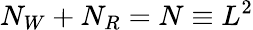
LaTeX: N_{W}+N_{R}=N\equiv L^{2}